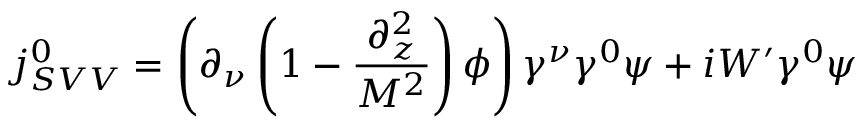
j _ { S V V } ^ { 0 } = \left( \partial _ { \nu } \left( 1 - \frac { \partial _ { z } ^ { 2 } } { M ^ { 2 } } \right) \phi \right) \gamma ^ { \nu } \gamma ^ { 0 } \psi + i W ^ { \prime } \gamma ^ { 0 } \psi